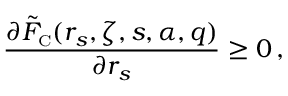
\frac { \partial \tilde { F } _ { \scriptscriptstyle \mathrm { C } } ( r _ { s } , \zeta , s , \alpha , q ) } { \partial r _ { s } } \geq 0 \, ,